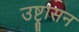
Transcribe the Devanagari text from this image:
उष्ट्रासन